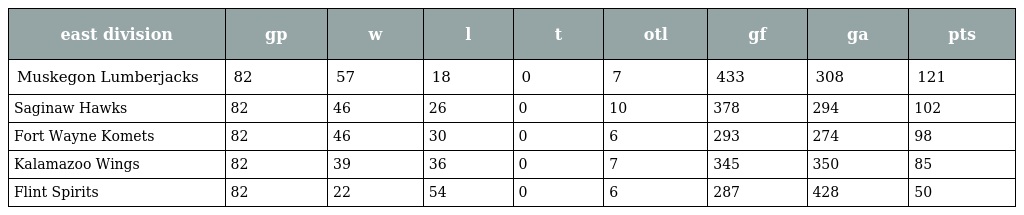
| east division | gp | w | l | t | otl | gf | ga | pts |
 | --- | --- | --- | --- | --- | --- | --- | --- | --- |
 | Muskegon Lumberjacks | 82 | 57 | 18 | 0 | 7 | 433 | 308 | 121 |
 | Saginaw Hawks | 82 | 46 | 26 | 0 | 10 | 378 | 294 | 102 |
 | Fort Wayne Komets | 82 | 46 | 30 | 0 | 6 | 293 | 274 | 98 |
 | Kalamazoo Wings | 82 | 39 | 36 | 0 | 7 | 345 | 350 | 85 |
 | Flint Spirits | 82 | 22 | 54 | 0 | 6 | 287 | 428 | 50 |